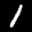
Label: 1